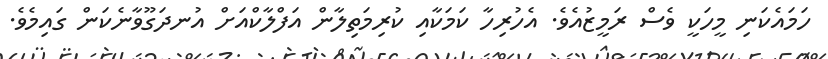
ހަމައެކަނި މީހަކީ ވެސް ރަމީޒުއެވެ. އެހުރިހާ ކަމަކާއި ކުރިމަތިލާން އަފްލާކްއަށް އުނދަގޫވާނެކަން ގައިމެވެ.